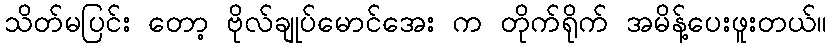
သိတ်မပြင်း တော့ ဗိုလ်ချုပ်မောင်အေး က တိုက်ရိုက် အမိန့်ပေးဖူးတယ်။